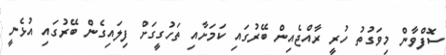
ސޮފްވާން މިވަގުތު ހުރީ ރާއްޖެއިން ބޭރުގައި ކަމަށާއި ތަހުގީގަށް ފިލައިގެން ބޭރުގައި އުޅެނީ